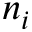
n _ { i }